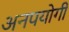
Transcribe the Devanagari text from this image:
अनपयोगी